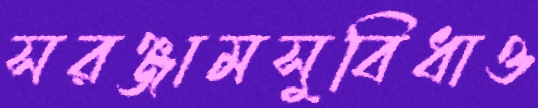
সরঞ্জামসুবিধাও